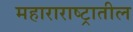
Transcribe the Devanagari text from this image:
महाराराष्ट्रातील